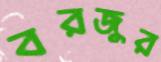
বরজুর